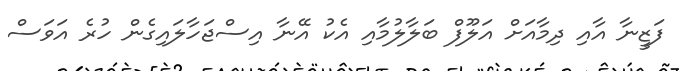
ފަޒީނާ އާއި ދިމާއަށް އަލޫފް ބަލާލުމާއި އެކު އޭނާ އިސްޖަހާލައިގެން ހުރެ އަވަސް